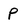
Character: P